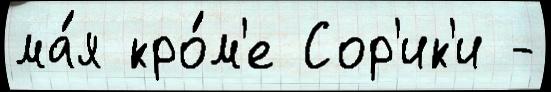
ма́я кро́м'е Сор'ик'и -